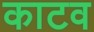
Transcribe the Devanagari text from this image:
काटव